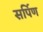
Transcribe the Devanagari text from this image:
सर्पिण